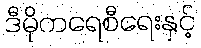
ဒီမိုကရေစီရေးနှင့်